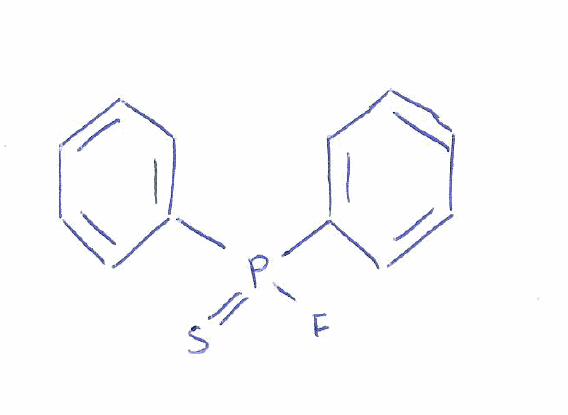
Simplified molecular-input line-entry system (SMILES) notation of the given molecule:
C1=CC=C(C=C1)P(=S)(C2=CC=CC=C2)F